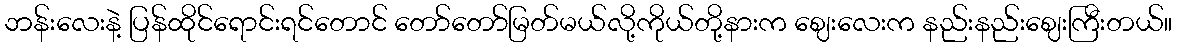
ဘန်းလေးနဲ့ ပြန်ထိုင်ရောင်းရင်တောင် တော်တော်မြတ်မယ်လို့ကိုယ်တို့နားက ဈေးလေးက နည်းနည်းဈေးကြီးတယ်။